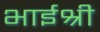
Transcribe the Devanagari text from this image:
भाईश्री